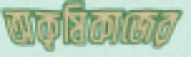
অকৃষিকাজের